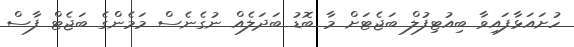
ހުށައަޅާފައިވާ ބިއުޓިފުލް ބަޖެޓަށް މާ ބޮޑު ބަދަލެއް ނުގެނެސް މަމެންގެ ބަޖެޓް ފާސް